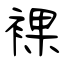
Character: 裸